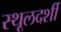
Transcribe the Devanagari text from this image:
स्थूलदर्शी